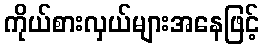
ကိုယ်စားလှယ်များအနေဖြင့်